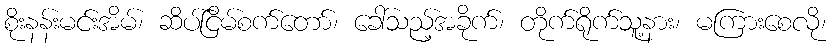
စိုးနန်းမင်းအိမ်၊ ဆိပ်ငြိမ်စက်တော်၊ ခေါ်သည့်အခိုက်၊ တိုက်ရိုက်သူ့နား၊ မကြားစေလို၊